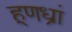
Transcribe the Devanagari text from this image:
हूणध्रां